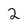
Character: 2